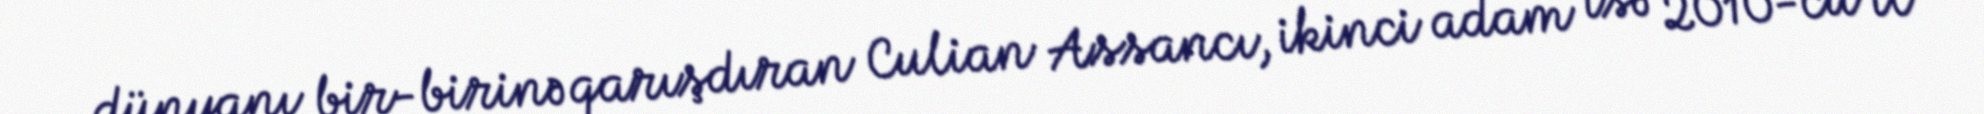
dünyanı bir-birinə qarışdıran Culian Assancı, ikinci adam isə 2010-cu il